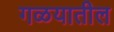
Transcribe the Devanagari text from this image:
गळयातील